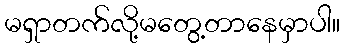
မရှာတက်လို့မတွေ့တာနေမှာပါ။